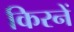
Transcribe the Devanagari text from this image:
किरनें